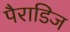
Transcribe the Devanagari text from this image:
पैराडिज